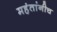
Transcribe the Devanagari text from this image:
महंतांनीच